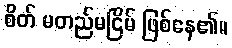
စိတ် မတည်မငြိမ် ဖြစ်နေ၏။